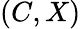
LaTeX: (C,X)